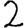
Digit: 2